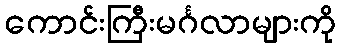
ကောင်းကြီးမင်္ဂလာများကို